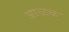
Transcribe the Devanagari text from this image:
बाळक